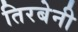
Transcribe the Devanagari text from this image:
तिरबेनी